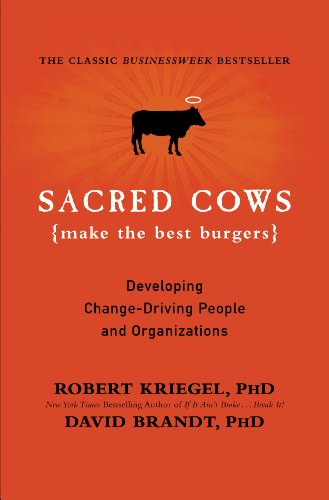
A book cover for Sacred Cows Make the Best Burgers: Developing Change-Driving People and Organizations; Robert Kriegel; Business & Money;